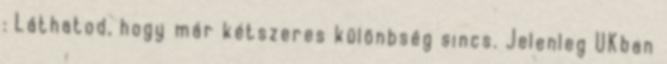
: Láthatod, hogy már kétszeres különbség sincs. Jelenleg UKban